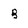
Character: B